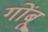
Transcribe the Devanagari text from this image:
गोंबू